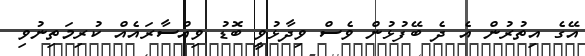
އޭގެ އިތުރުން އެ ދެ ބޭފުޅުން ވެސް ވިދާޅުވީ ބޮޑު ވިއްސާރައެއް ކުރިމަތިނުވި